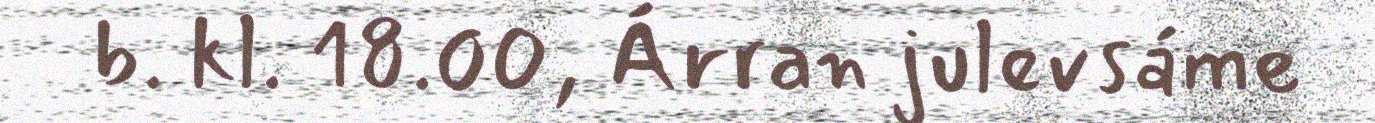
b. kl. 18.00, Árran julevsáme